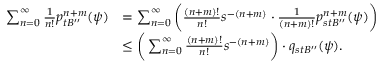
\begin{array} { r l } { \sum _ { n = 0 } ^ { \infty } { \frac { 1 } { n ! } } p _ { t B ^ { \prime \prime } } ^ { n + m } ( \psi ) } & { = \sum _ { n = 0 } ^ { \infty } \bigg ( { \frac { ( n + m ) ! } { n ! } } s ^ { - ( n + m ) } \cdot { \frac { 1 } { ( n + m ) ! } } p _ { s t B ^ { \prime \prime } } ^ { n + m } ( \psi ) \bigg ) } \\ & { \leq \bigg ( \sum _ { n = 0 } ^ { \infty } { \frac { ( n + m ) ! } { n ! } } s ^ { - ( n + m ) } \bigg ) \cdot q _ { s t B ^ { \prime \prime } } ( \psi ) . } \end{array}